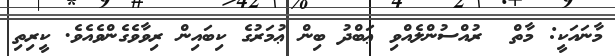
މާނައަކީ: މާތް  ރުއްސުންލެއްވި ޢަބްދު ބިން ޢުމަރުގެ ކިބައިން ރިވާވެގެންވެއެވެ. ކީރިތި